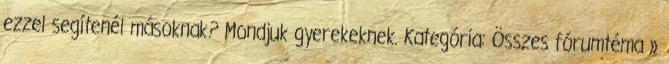
ezzel segítenél másoknak? Mondjuk gyerekeknek. Kategória: Összes fórumtéma »